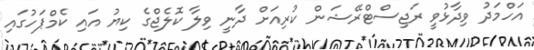
އަހްމަދު ވިދާޅުވީ ރަޖިސްޓްރޭޝަން ކުރިއަށް ދާނީ ވިލާ ކޮލެޖްގެ ކިޔު އައި ކެމްޕަހުގައި